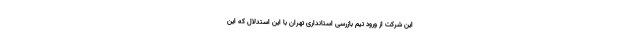
این شرکت از ورود تیم بازرسی استانداری تهران با این استدلال که این